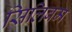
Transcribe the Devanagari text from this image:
सिलिबम